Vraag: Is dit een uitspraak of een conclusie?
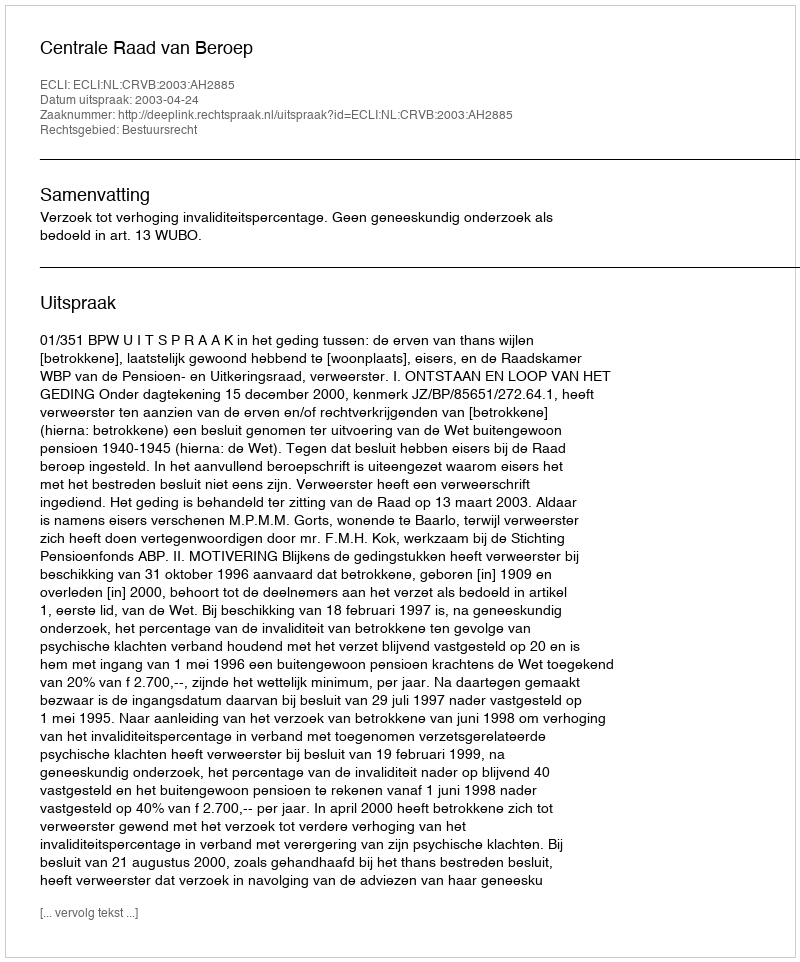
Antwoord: Uitspraak